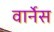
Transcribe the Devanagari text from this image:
वार्नेस